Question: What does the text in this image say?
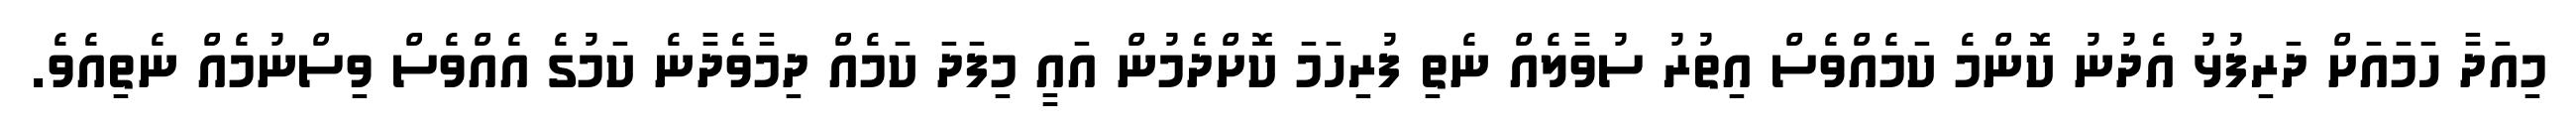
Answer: މިއަދާ ހަމައަށް ދަރިފުޅު އެދުނު ކޮންމެ ކަމެއްވެސް އިތުރު ސުވާލެއް ނެތި ފުރިހަމަ ކޮށްދެމުން އައީ މިފަދަ ކަމެއް ދިމާވެދާނެ ކަމުގެ އެއްވެސް ވިސްނުމެއް ނެތިއެވެ.